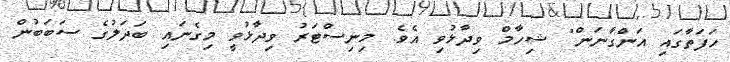
ހަފަތާގައި އަންގާނަން" ޝިހާމް ވިދާޅުވި އެވެ. މިނިސްޓަރު ވިދާޅުވީ މިގެނައި ބަދަލުގެ ސަބަބުން